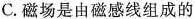
C.磁场是由磁感线组成的